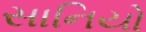
સાનિયો